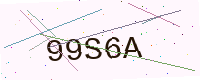
Text: 99S6A